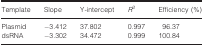
| Template | Slope | Y‐intercept | R2 | Efficiency (%) |
 | --- | --- | --- | --- | --- |
 | Plasmid | −3.412 | 37.802 | 0.997 | 96.37 |
 | dsRNA | −3.302 | 34.472 | 0.999 | 100.84 |